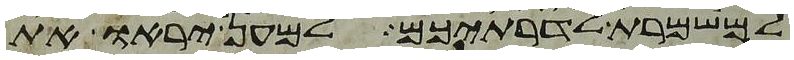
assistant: למשמרת לדרתיכם למען יראו את